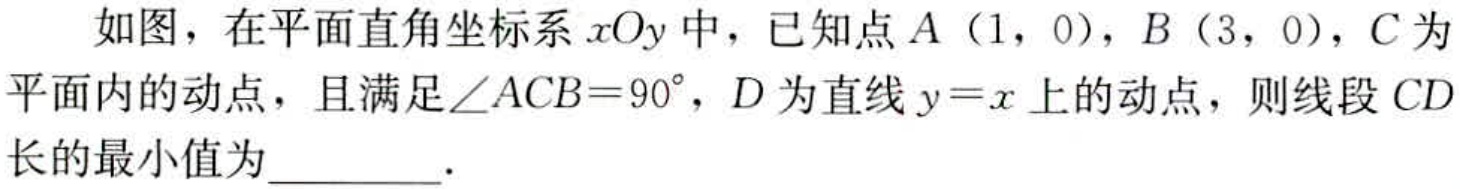
如图，在平面直角坐标系\(xOy\)中，已知点\(A（1，0）\)，\(B（3，0）\)，\(C\)为平面内的动点，且满足\(\angle ACB = 90^{\circ}\)，\(D\)为直线\(y = x\)上的动点，则线段\(CD\)长的最小值为  ．